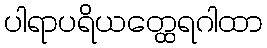
ပါရာပရိယတ္ထေရဂါထာ